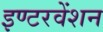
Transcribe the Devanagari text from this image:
इण्टरवेंशन